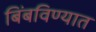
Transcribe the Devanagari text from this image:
बिंबविण्यात